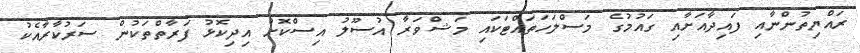
ރައްޔިތުންނާއި ފައިދާއަށާއި ގައުމުގެ މަސްލަހަތައްޓަކައި މަޝްވަރާ އުސޫލު އިސްކޮށް އިދިކޮޅު ފަރާތްތަކުން ސަރުކާރާއެކު